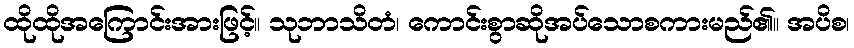
ထိုထိုအကြောင်းအားဖြင့်။ သုဘာသိတံ၊ ကောင်းစွာဆိုအပ်သောစကားမည်၏။ အပိစ၊